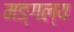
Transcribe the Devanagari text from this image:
मङ्गल्य